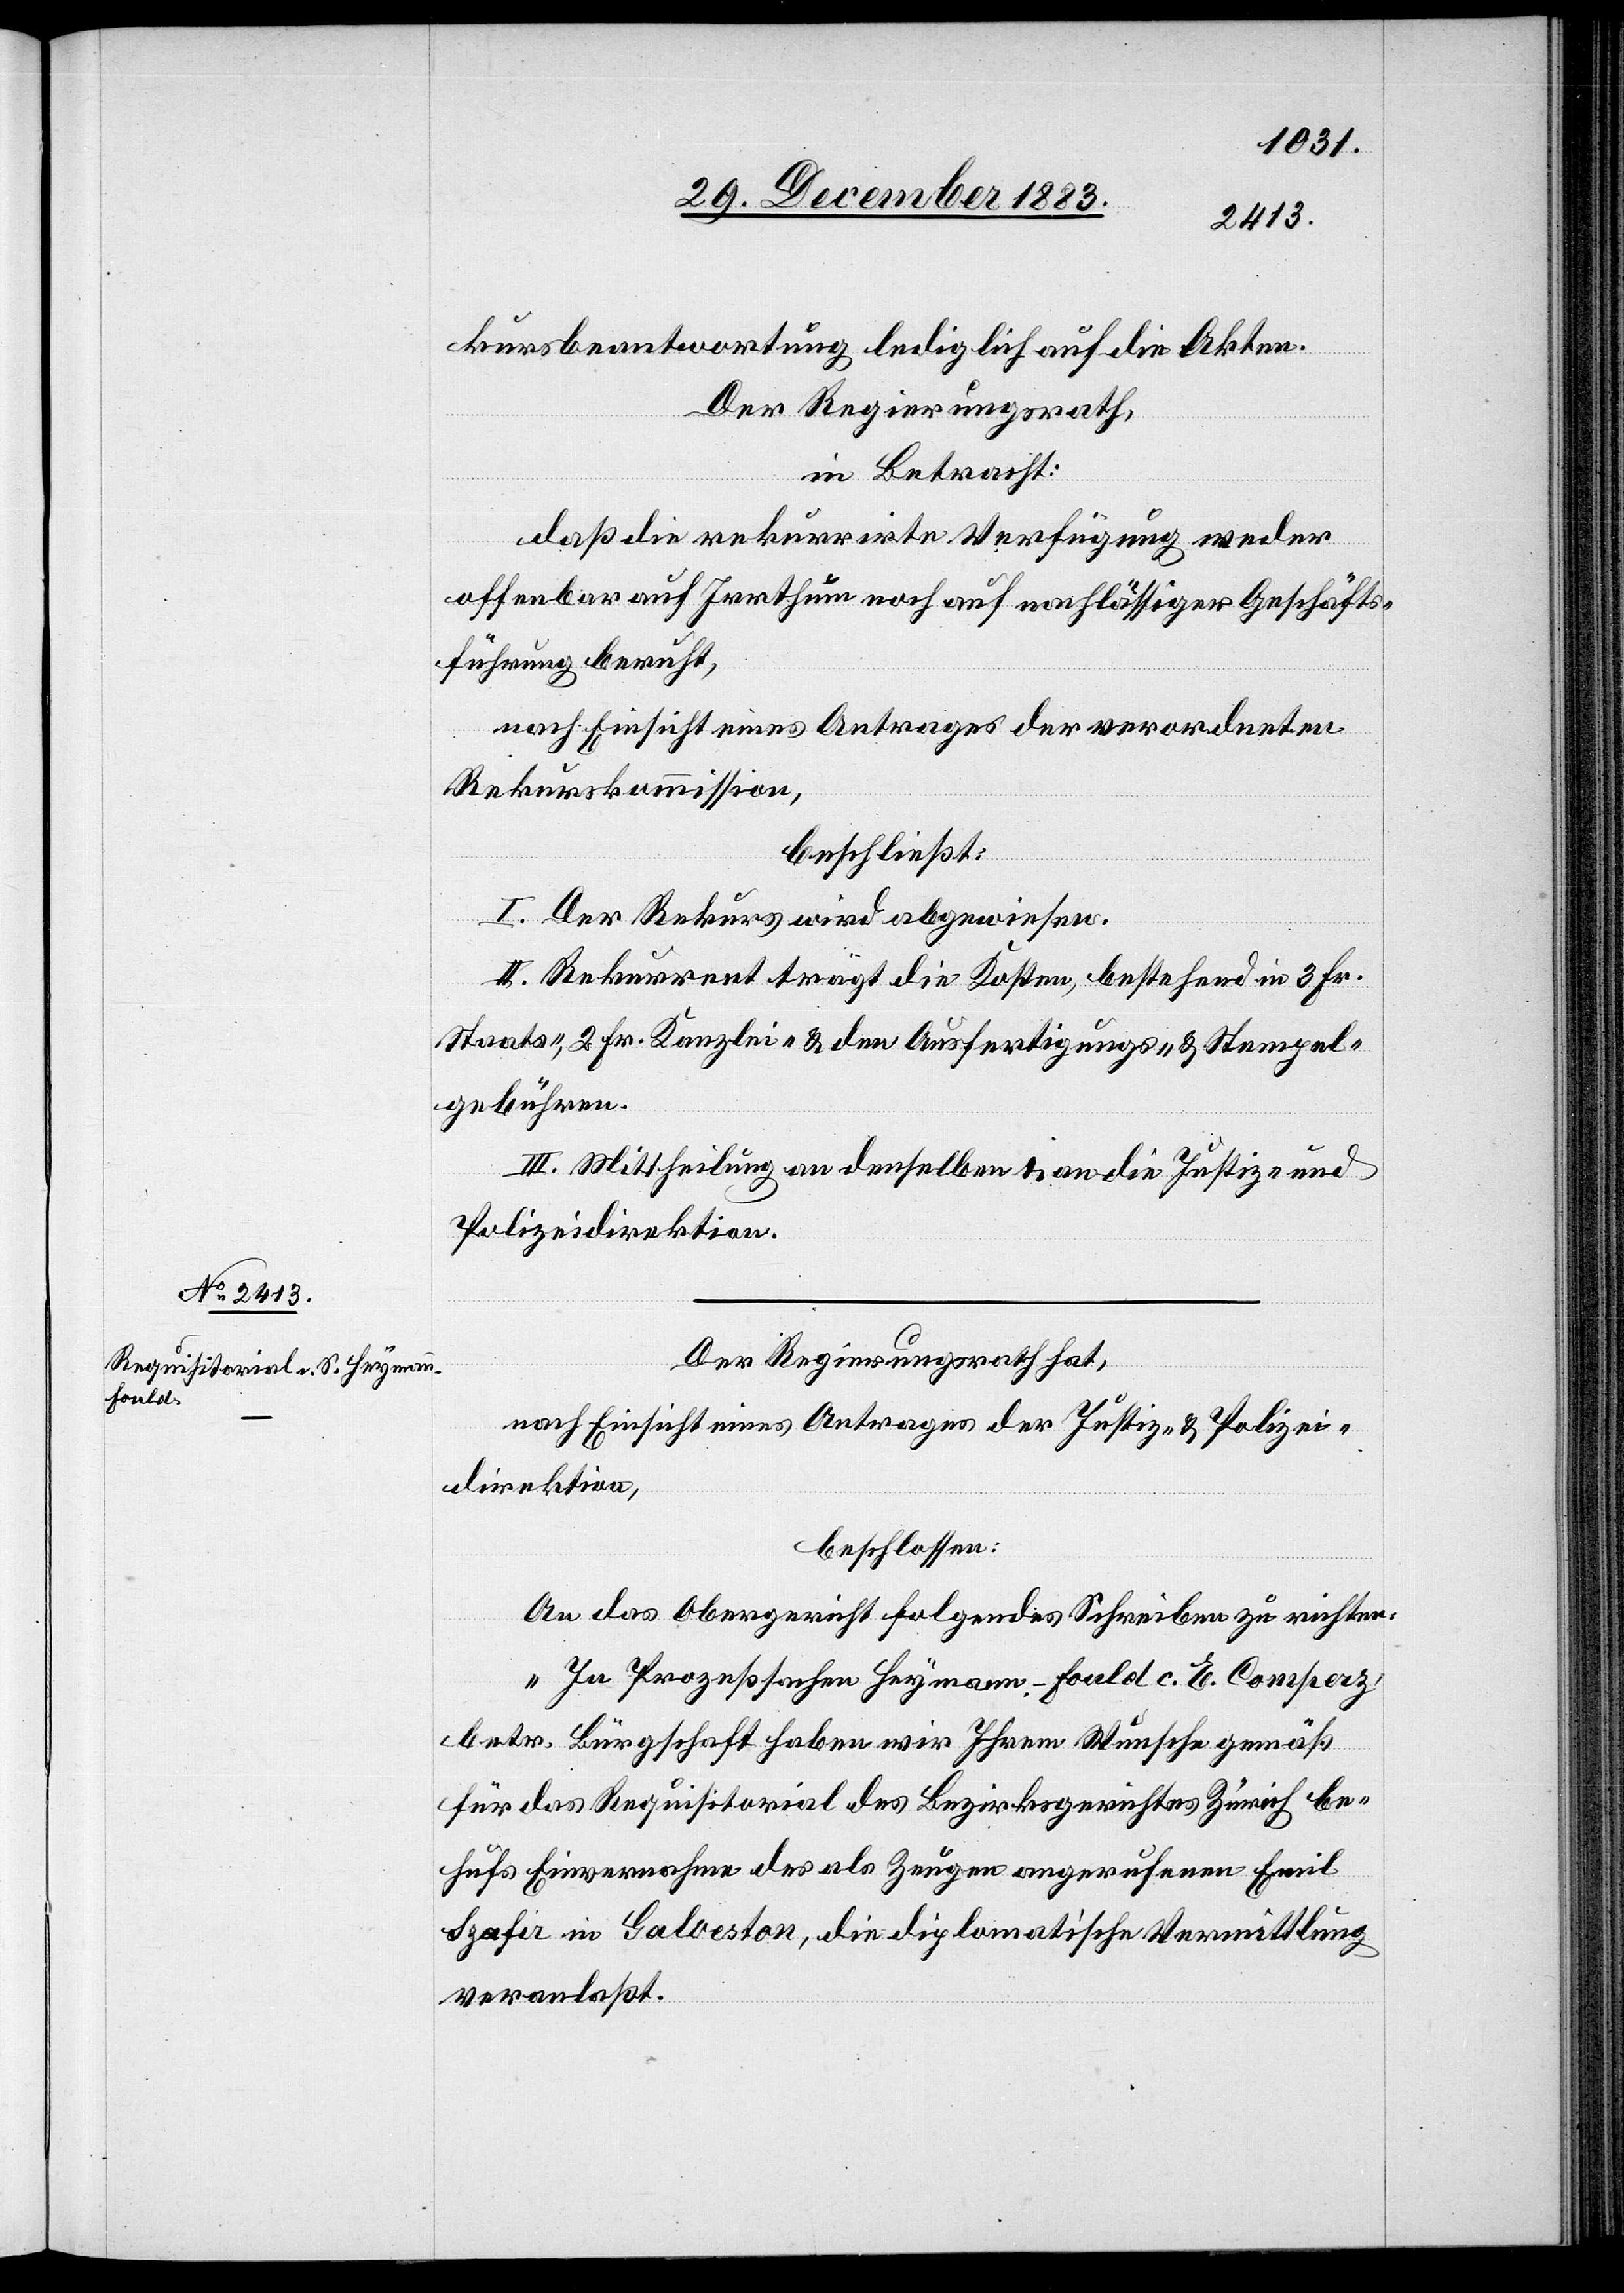
kursbeantwortung lediglich auf die Akten.
Der Regierungsrath,
in Betracht:
daß die rekurrirte Verfügung weder
offenbar auf Irrthum noch auf nachlässigere Geschäfts¬
führung beruht,
nach Einsicht eines Antrages der verordneten
Rekurskommission,
beschließt:
I. Der Rekurs wird abgewiesen.
II. Rekurrent trägt die Kosten, bestehend in 3 Fr.
Staats-, 2 Fr. Kanzlei- & den Ausfertigungs- & Stempel¬
gebühren.
III. Mittheilung an denselben & an die Justiz- und
Polizeidirektion.
Der Regierungsrath hat,
nach Einsicht eines Antrages der Justiz- & Polizei¬
direktion,
beschlossen:
An das Obergericht folgendes Schreiben zu richten:
„In Prozeßsachen Heymann-Fould c. E. Consperz,
betr. Bürgschaft haben wir Ihrem Wunsche gemäß
für das Requisitorial des Bezirksgerichtes Zürich be¬
hufs Einvernahme des als Zeugen angerufenen Emil
Szafir in Galveston, die diplomatische Vermittlung
veranlaßt.